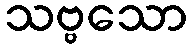
သဗ္ဗသော